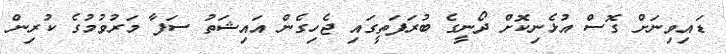
ޑައިވިނަށް ގޮސް އުޅެނިކޮށް ދޯނީގެ ބުރަފަތީގައި ޖެހިގެން އައިޝަތު ސަފާ މަރުވުމުގެ ކުރިން